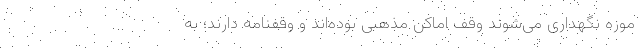
موزه نگهداری می‌شوند وقف اماکن مذهبی بوده‌اند و وقفنامه دارند؛ به